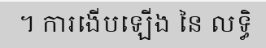
។ ការងើបឡើង នៃ លទ្ធិ